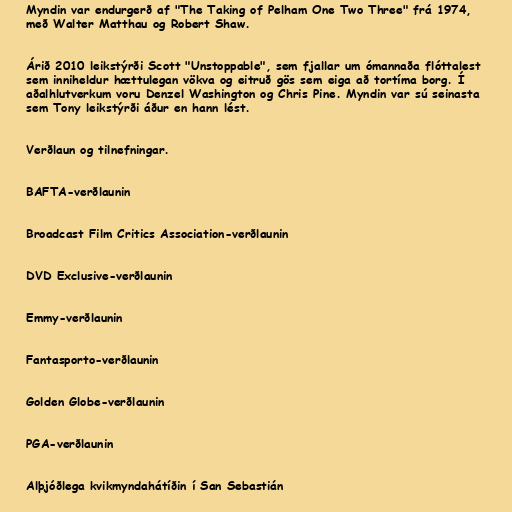
Myndin var endurgerð af "The Taking of Pelham One Two Three" frá 1974,
með Walter Matthau og Robert Shaw.

Árið 2010 leikstýrði Scott "Unstoppable", sem fjallar um ómannaða flóttalest
sem inniheldur hættulegan vökva og eitruð gös sem eiga að tortíma borg. Í
aðalhlutverkum voru Denzel Washington og Chris Pine. Myndin var sú seinasta
sem Tony leikstýrði áður en hann lést.

Verðlaun og tilnefningar.

BAFTA-verðlaunin

Broadcast Film Critics Association-verðlaunin

DVD Exclusive-verðlaunin

Emmy-verðlaunin

Fantasporto-verðlaunin

Golden Globe-verðlaunin

PGA-verðlaunin

Alþjóðlega kvikmyndahátíðin í San Sebastián